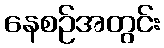
နေစဉ်အတွင်း